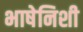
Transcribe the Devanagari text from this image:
भाषेनिशी